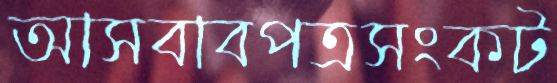
আসবাবপত্রসংকট